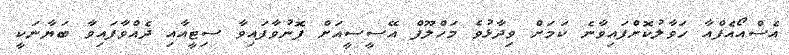
އެސްއޯއެފްއާ ހަވާލުކޮށްފައިވާނެ ކަމަށް ވިދާޅުވެ މަހްލޫފް އޭސީސީއަށް ފޮނުވާފައިވާ ސިޓީއާއި ދެއްވާފައިވާ ބަޔާނަކީ